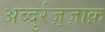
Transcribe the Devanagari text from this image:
अब्दुर्रज़्ज़ाक़